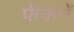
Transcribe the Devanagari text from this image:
फेंकनें